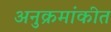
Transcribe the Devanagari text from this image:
अनुक्रमांकीत